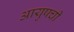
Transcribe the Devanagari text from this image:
आयुषची